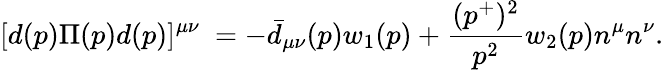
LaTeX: [d(p)\Pi(p)d(p)]^{\mu\nu}~=-{\bar{d}}_{\mu\nu}(p)w_{1}(p)+{\frac{(p^{+})^{2}}{p^{2}}}w_{2}(p)n^{\mu}n^{\nu}.